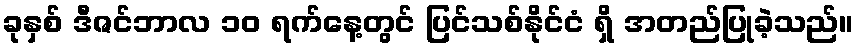
ခုနှစ် ဒီဇင်ဘာလ ၁၀ ရက်နေ့တွင် ပြင်သစ်နိုင်ငံ ရှိ အတည်ပြုခဲ့သည်။